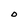
Character: O